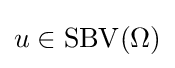
u\in \operatorname {SBV} (\Omega )